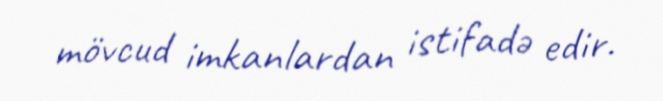
mövcud imkanlardan istifadə edir.